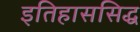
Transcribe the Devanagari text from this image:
इतिहाससिद्ध